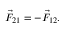
\vec { F } _ { 2 1 } = - \vec { F } _ { 1 2 } .